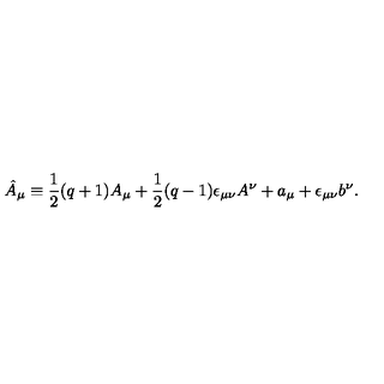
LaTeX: \hat { A } _ { \mu } \equiv \frac { 1 } { 2 } ( q + 1 ) A _ { \mu } + \frac { 1 } { 2 } ( q - 1 ) \epsilon _ { \mu \nu } A ^ { \nu } + a _ { \mu } + \epsilon _ { \mu \nu } b ^ { \nu } .